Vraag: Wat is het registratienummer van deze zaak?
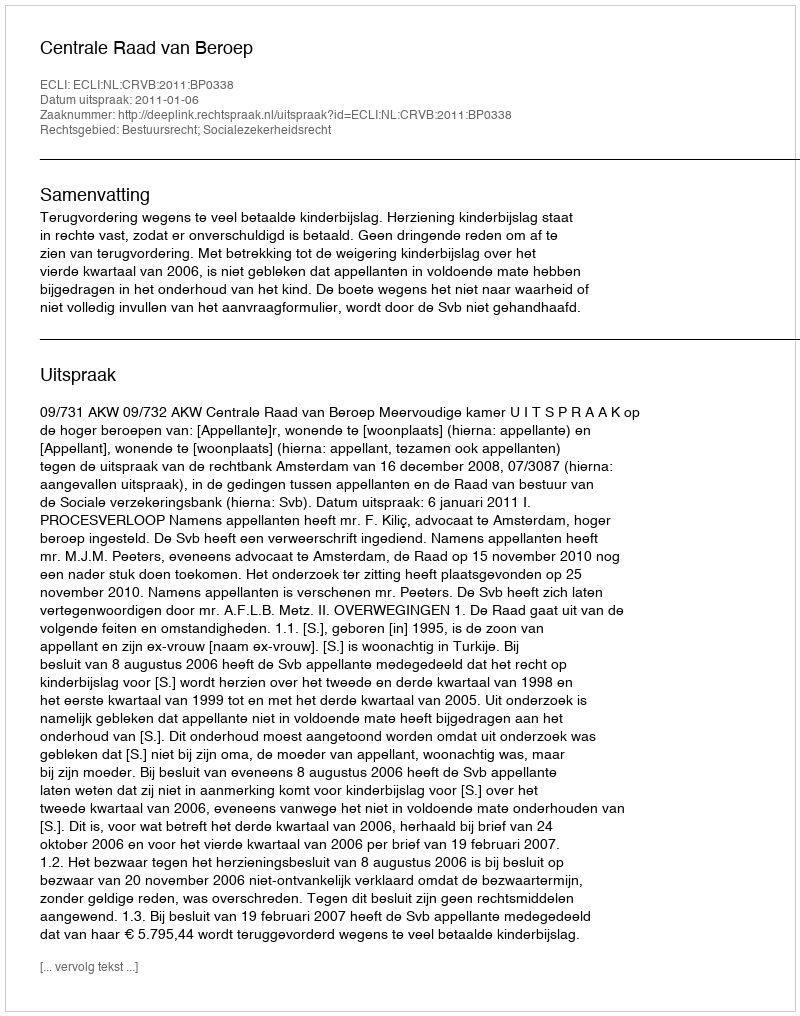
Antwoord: http://deeplink.rechtspraak.nl/uitspraak?id=ECLI:NL:CRVB:2011:BP0338